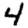
Digit: 4